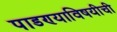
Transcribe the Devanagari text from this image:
पाडण्याविषयीची